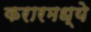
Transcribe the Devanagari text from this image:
करारमध्ये